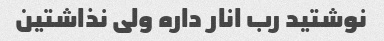
نوشتید رب انار داره ولی نذاشتین